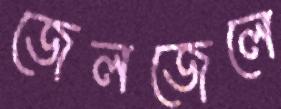
জেলজেলে